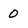
Character: 0